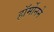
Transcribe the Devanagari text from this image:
हॉर्मोनने